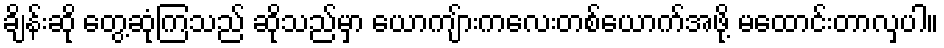
ချိန်းဆို တွေ့ဆုံကြသည် ဆိုသည်မှာ ယောကျ်ားကလေးတစ်ယောက်အဖို့ မထောင်းတာလှပါ။